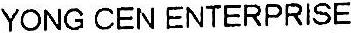
YONG CEN ENTERPRISE